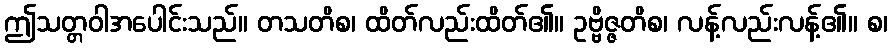
ဤသတ္တဝါအပေါင်းသည်။ တသတိစ၊ ထိတ်လည်းထိတ်၏။ ဥဗ္ဗိဇ္ဇတိစ၊ လန့်လည်းလန့်၏။ စ၊